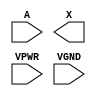
module sky130_fd_sc_hs__bufbuf (
    //# {{data|Data Signals}}
    input  A   ,
    output X   ,

    //# {{power|Power}}
    input  VPWR,
    input  VGND
);
endmodule